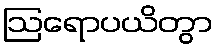
ဩရောပယိတွာ